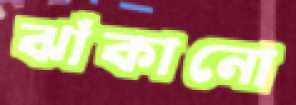
ঝাঁকানো